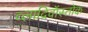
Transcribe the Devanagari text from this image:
व्लादिवॉस्तोक